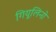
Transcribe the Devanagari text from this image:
गियूलिनो